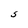
Character: S